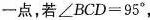
一点，若$$∠ B C D = 9 5 °$$，